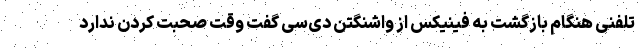
تلفنی هنگام بازگشت به فینیکس از واشنگتن دی‌سی گفت وقت صحبت کردن ندارد